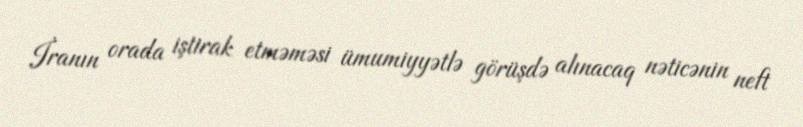
İranın orada iştirak etməməsi ümumiyyətlə görüşdə alınacaq nəticənin neft